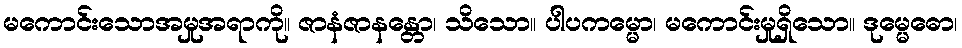
မကောင်းသောအမှုအရာကို။ ဇာနံဇာနန္တော၊ သိသော။ ပါပကမ္မော၊ မကောင်းမှုရှိသော။ ဒုမ္မေဓော၊